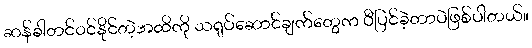
ဆန်ခါတင်ဝင်နိုင်တဲ့အထိကို သရုပ်ဆောင်ချက်တွေက ပီပြင်ခဲ့တာပဲဖြစ်ပါတယ်။